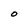
Character: O